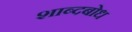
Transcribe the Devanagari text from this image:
शाब्दबोध